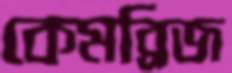
কেমব্রিজ